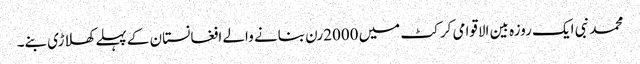
محمد نبی ایک روزہ بین الاقوامی کرکٹ میں 2000رن بنانے والے افغانستان کے پہلے کھلاڑی بنے۔